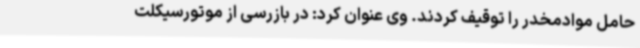
حامل موادمخدر را توقیف کردند. وی عنوان کرد: در بازرسی از موتورسیکلت